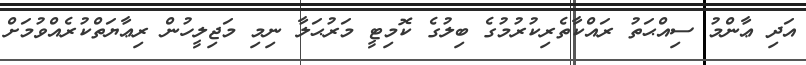
އަދި ޢާންމު ސިއްޙަތު ރައްކާތެރިކުރުމުގެ ބިލުގެ ކޮމިޓީ މަރުޙަލާ ނިމި މަޖިލީހުން ރިޢާޔަތްކުރެއްވުމަށް